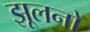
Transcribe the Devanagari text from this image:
झूलनों